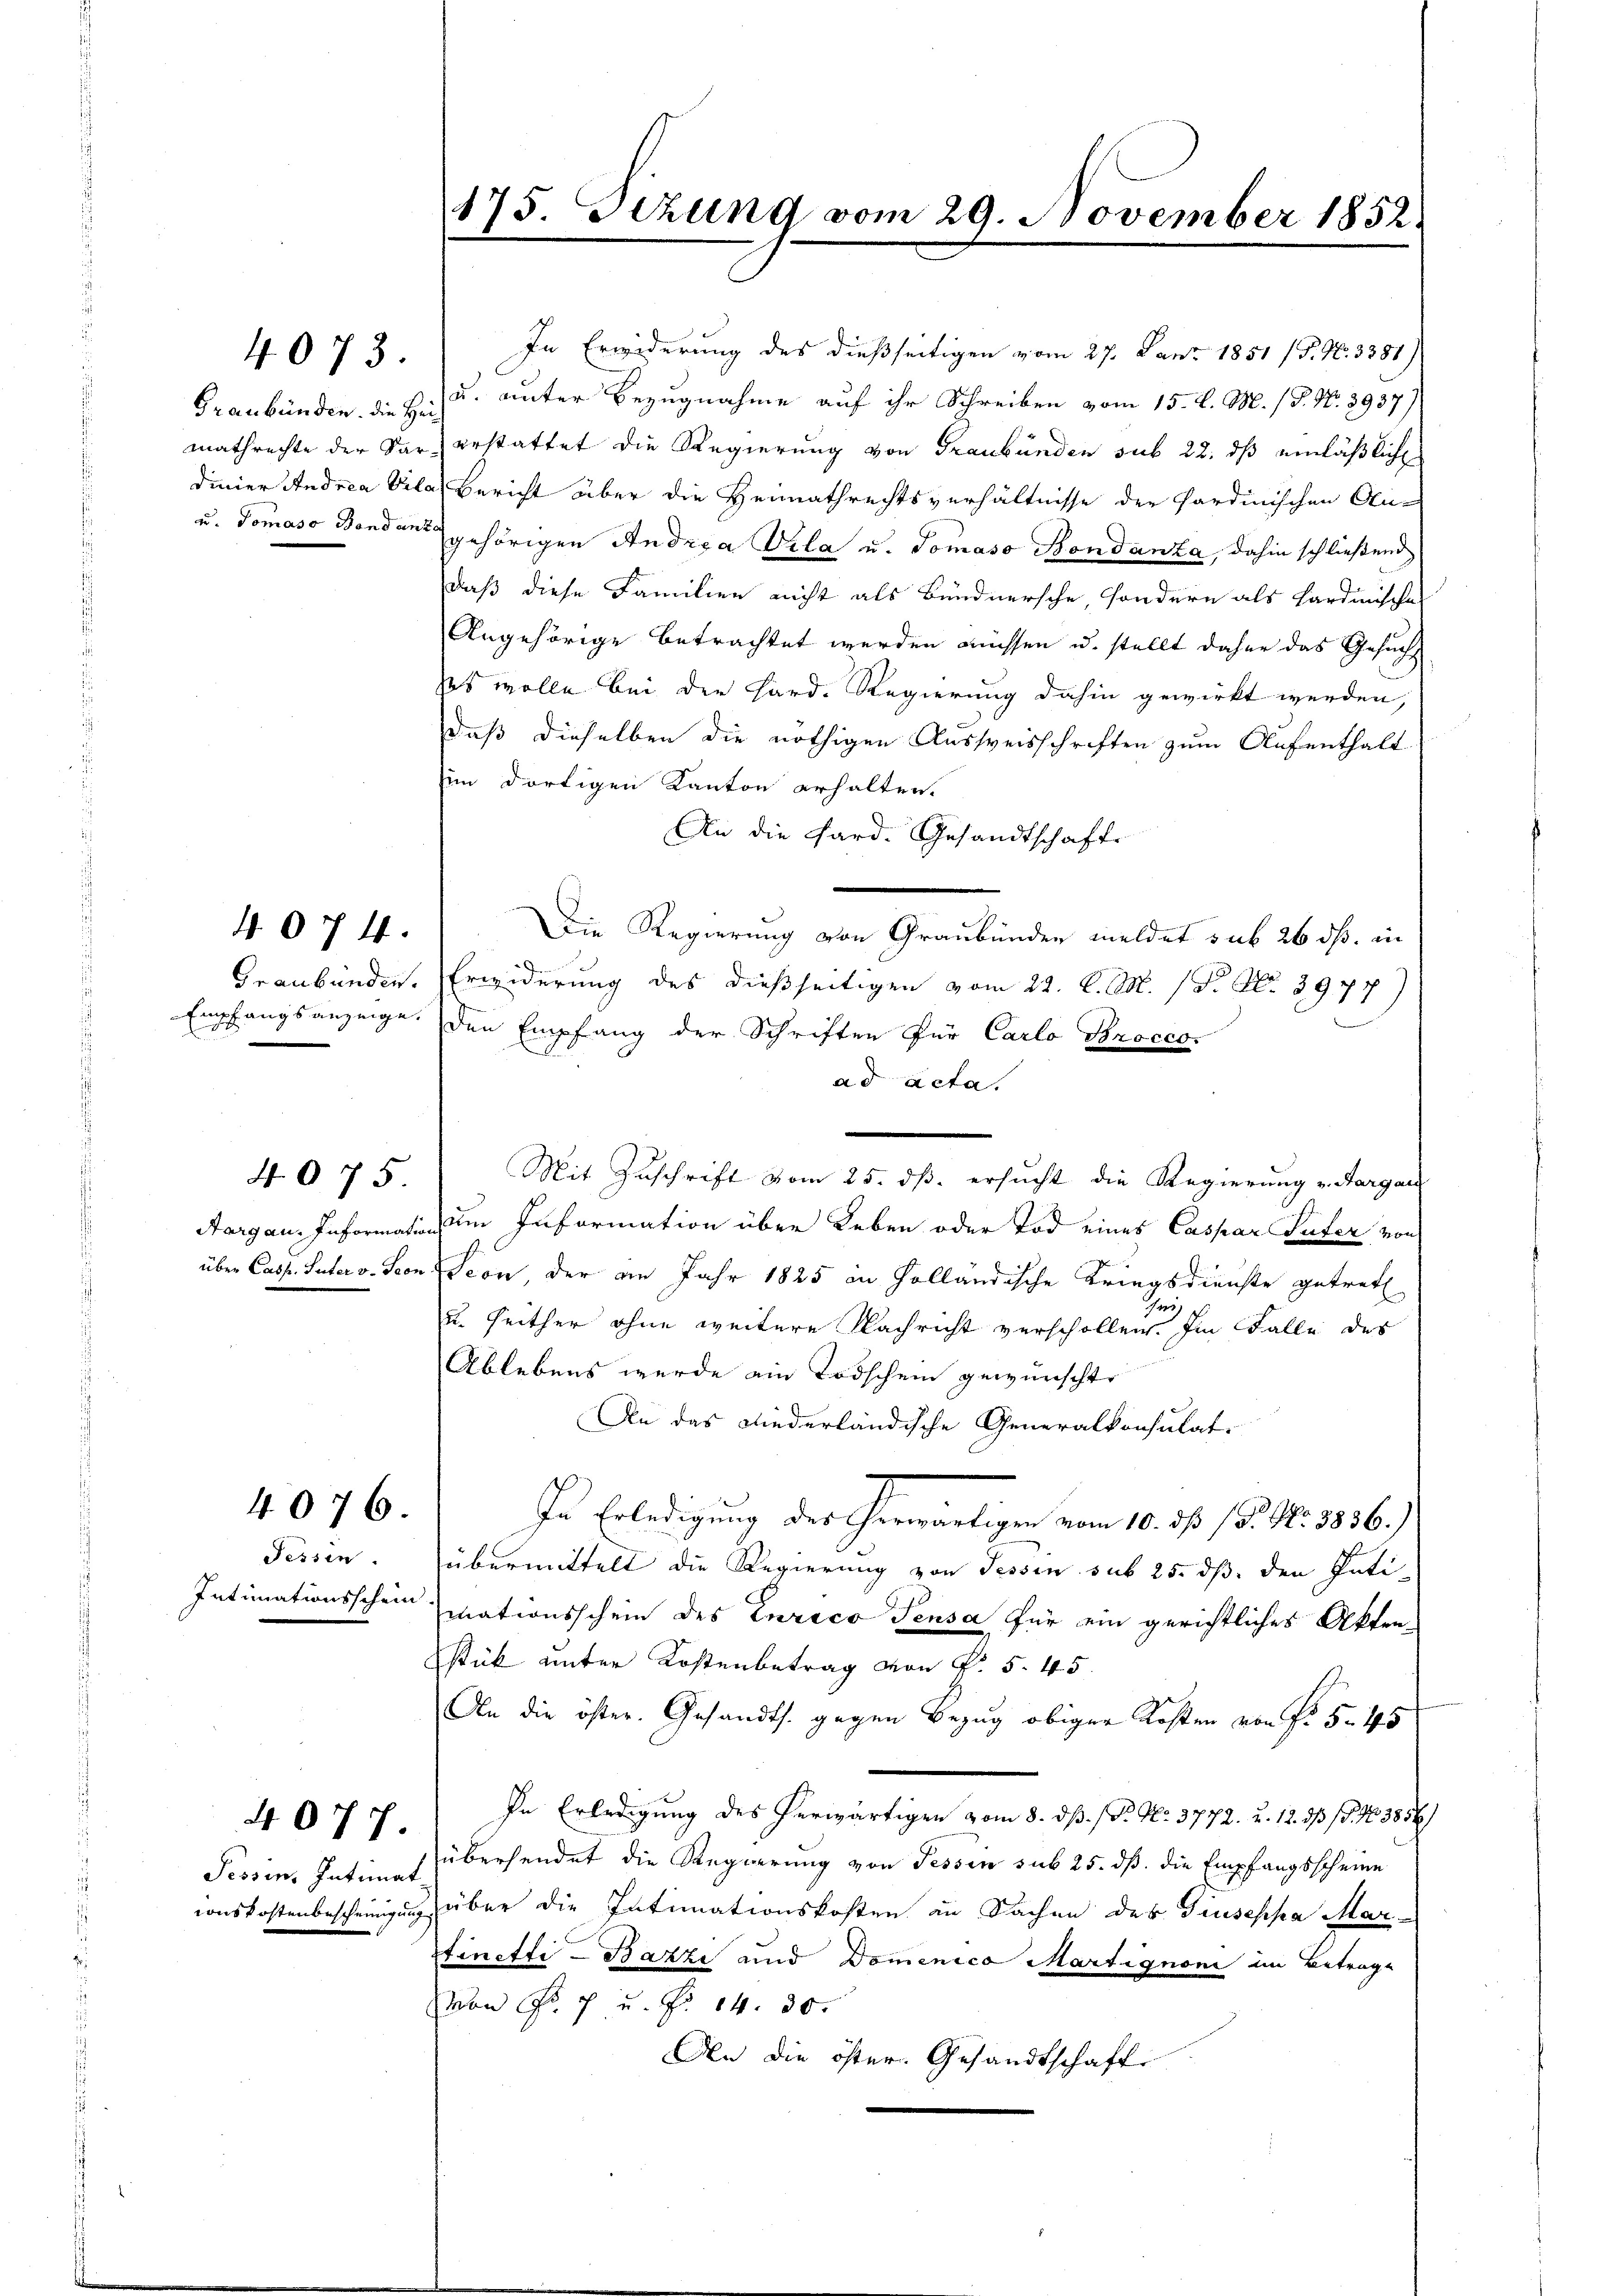
u. Tomaso Band an

.

4073

Graubünden.

4074.

4075

Tessin.
Intimationsschein.

4076

conskostenbescheinigung

4077.

ad acta.
Mit Zuschrift vom 25. dß. ersucht die Regierung v. Aargau
Aargau. Information um Information über Leben oder Tod eines Caspar Suter von
über Cass. Pater v. Seon Seon, der am Jahr 1825 in Holländische Kriegsdienste getret
)
u. seither ohne weitere Nachricht verschollen. Im Falle des
Ablebens wurde ein Todschein gewünscht.
An das Niederländische Generalkonsulat
In Erledigung der erwärtigen vom 10. ds 15. No. 1856.)
übermittelt die Regierung von Tessin sub 25. dß. den Puti-
mationsschein des Curico Sensa für ein gerichtliches Akten-
stück unter Kostenbetrag von K. 5. 45.
An die öster. Gesandts. gegen Bezug obiger Kosten von fr. 5. 45
In Erledigung des herwärtigen vom 8. dß. / P. Nr. 3772. u. 12. ds (S. 123856/
Tessin, Intimat übersendet die Regierung von Tessin sub 25. dß die Empfangsscheine
über die Intimationskosten in Sachen des Giuseppa Mar-
stinette - Bazze und Domenico Martignoni im Betrage
von Fr. 7 u. f. 14. 30.
An die öster. Gesandtschafte

175. Sitzung vom 29. November 1852.

In Erwiderung des dießseitigen vom 27. Janz 1851 (T. N. 3381)
Graubünden, die z. B. unter Bezugnahme auf ihr Schreiben vom 15. d. M. / P. Nr. 3937)
mathrechte der Par erstattet die Regierung von Graubünden sub 22. dß einläßliche
dinier Andrea Vila, Bericht über die Heimathrechtsverhältnisse der Sardinischen Augehörigen Andrea Vila u. Tomaso Bondanza, dahin schließend
daß diese Familien nicht als Bündnersche, sondern als Hardinisches
Angehörige betrachtet werden müssen u. stellt daher das Gesuch
ses wolle bei den Hard. Regierung dahin gewirkt werden,
daß dieselben die nöthigen Ausweisschriften zum Aufenthalt
im dortigen Kanton erhalten.
An die Hard. Gesandtschafte
Die Regierung von Graubünden meldet sub 26 dß. in
Erwiderung des dießseitigen vom 22. d. M. 1 S. Nr. 3977)
Empfangsanzeige, den Empfang der Schriften für Carlo Brocco-